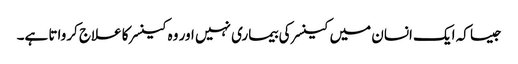
جیسا کہ ایک انسان میں کینسر کی بیماری نہیں اور وہ کینسر کا علاج کرواتا ہے۔